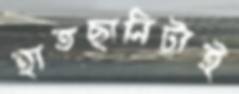
হাতছানিটাই